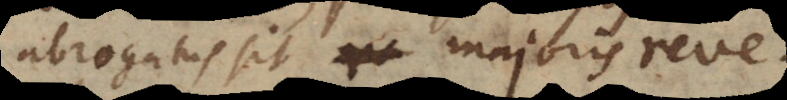
abrogatus sit majoris reve